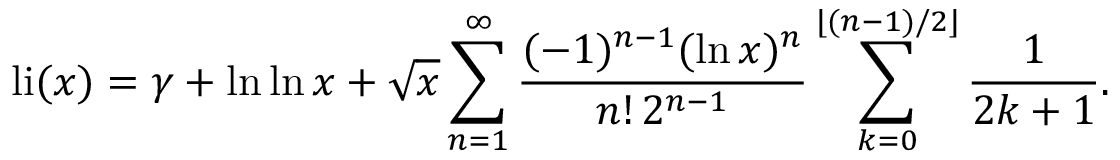
\operatorname { l i } ( x ) = \gamma + \ln \ln x + { \sqrt { x } } \sum _ { n = 1 } ^ { \infty } { \frac { ( - 1 ) ^ { n - 1 } ( \ln x ) ^ { n } } { n ! \, 2 ^ { n - 1 } } } \sum _ { k = 0 } ^ { \lfloor ( n - 1 ) / 2 \rfloor } { \frac { 1 } { 2 k + 1 } } .